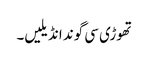
تھوڑی سی گوند انڈیلیں۔